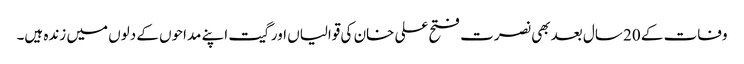
وفات کے 20 سال بعد بھی نصرت فتح علی خان کی قوالیاں اور گیت اپنے مداحوں کے دلوں میں زندہ ہیں۔